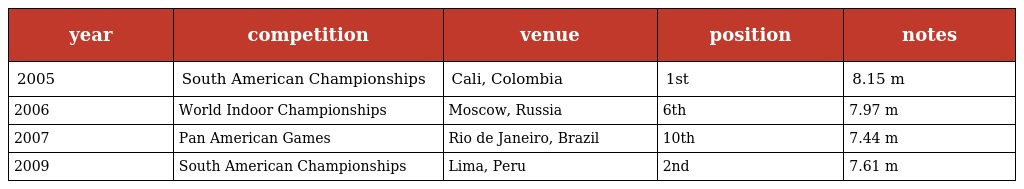
| year | competition | venue | position | notes |
 | --- | --- | --- | --- | --- |
 | 2005 | South American Championships | Cali, Colombia | 1st | 8.15 m |
 | 2006 | World Indoor Championships | Moscow, Russia | 6th | 7.97 m |
 | 2007 | Pan American Games | Rio de Janeiro, Brazil | 10th | 7.44 m |
 | 2009 | South American Championships | Lima, Peru | 2nd | 7.61 m |